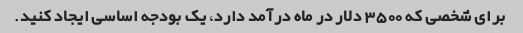
برای شخصی که 3500 دلار در ماه درآمد دارد، یک بودجه اساسی ایجاد کنید.